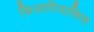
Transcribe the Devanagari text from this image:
फिलारियासिस